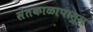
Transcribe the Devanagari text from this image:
संतकाळापासून